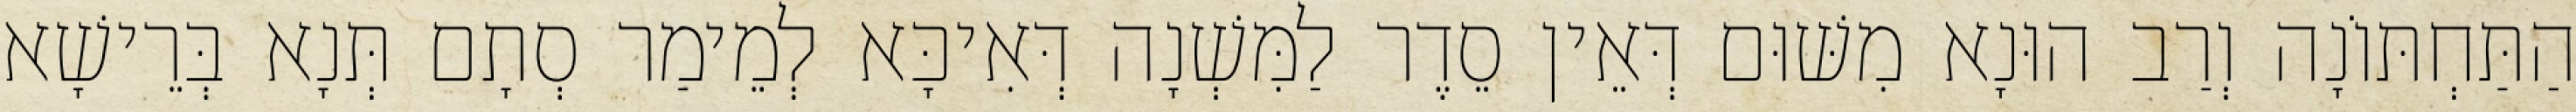
הַתַּחְתּוֹנָה וְרַב הוּנָא מִשּׁוּם דְּאֵין סֵדֶר לַמִּשְׁנָה דְּאִיכָּא לְמֵימַר סְתָם תְּנָא בְּרֵישָׁא